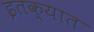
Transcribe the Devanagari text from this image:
इतक्‍यात